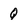
Character: Q